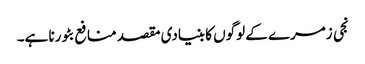
نجی زمرے کے لوگوں کا بنیادی مقصد منافع بٹورنا ہے۔